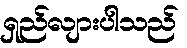
ရှည်လျားပါသည်